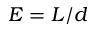
E = L / d